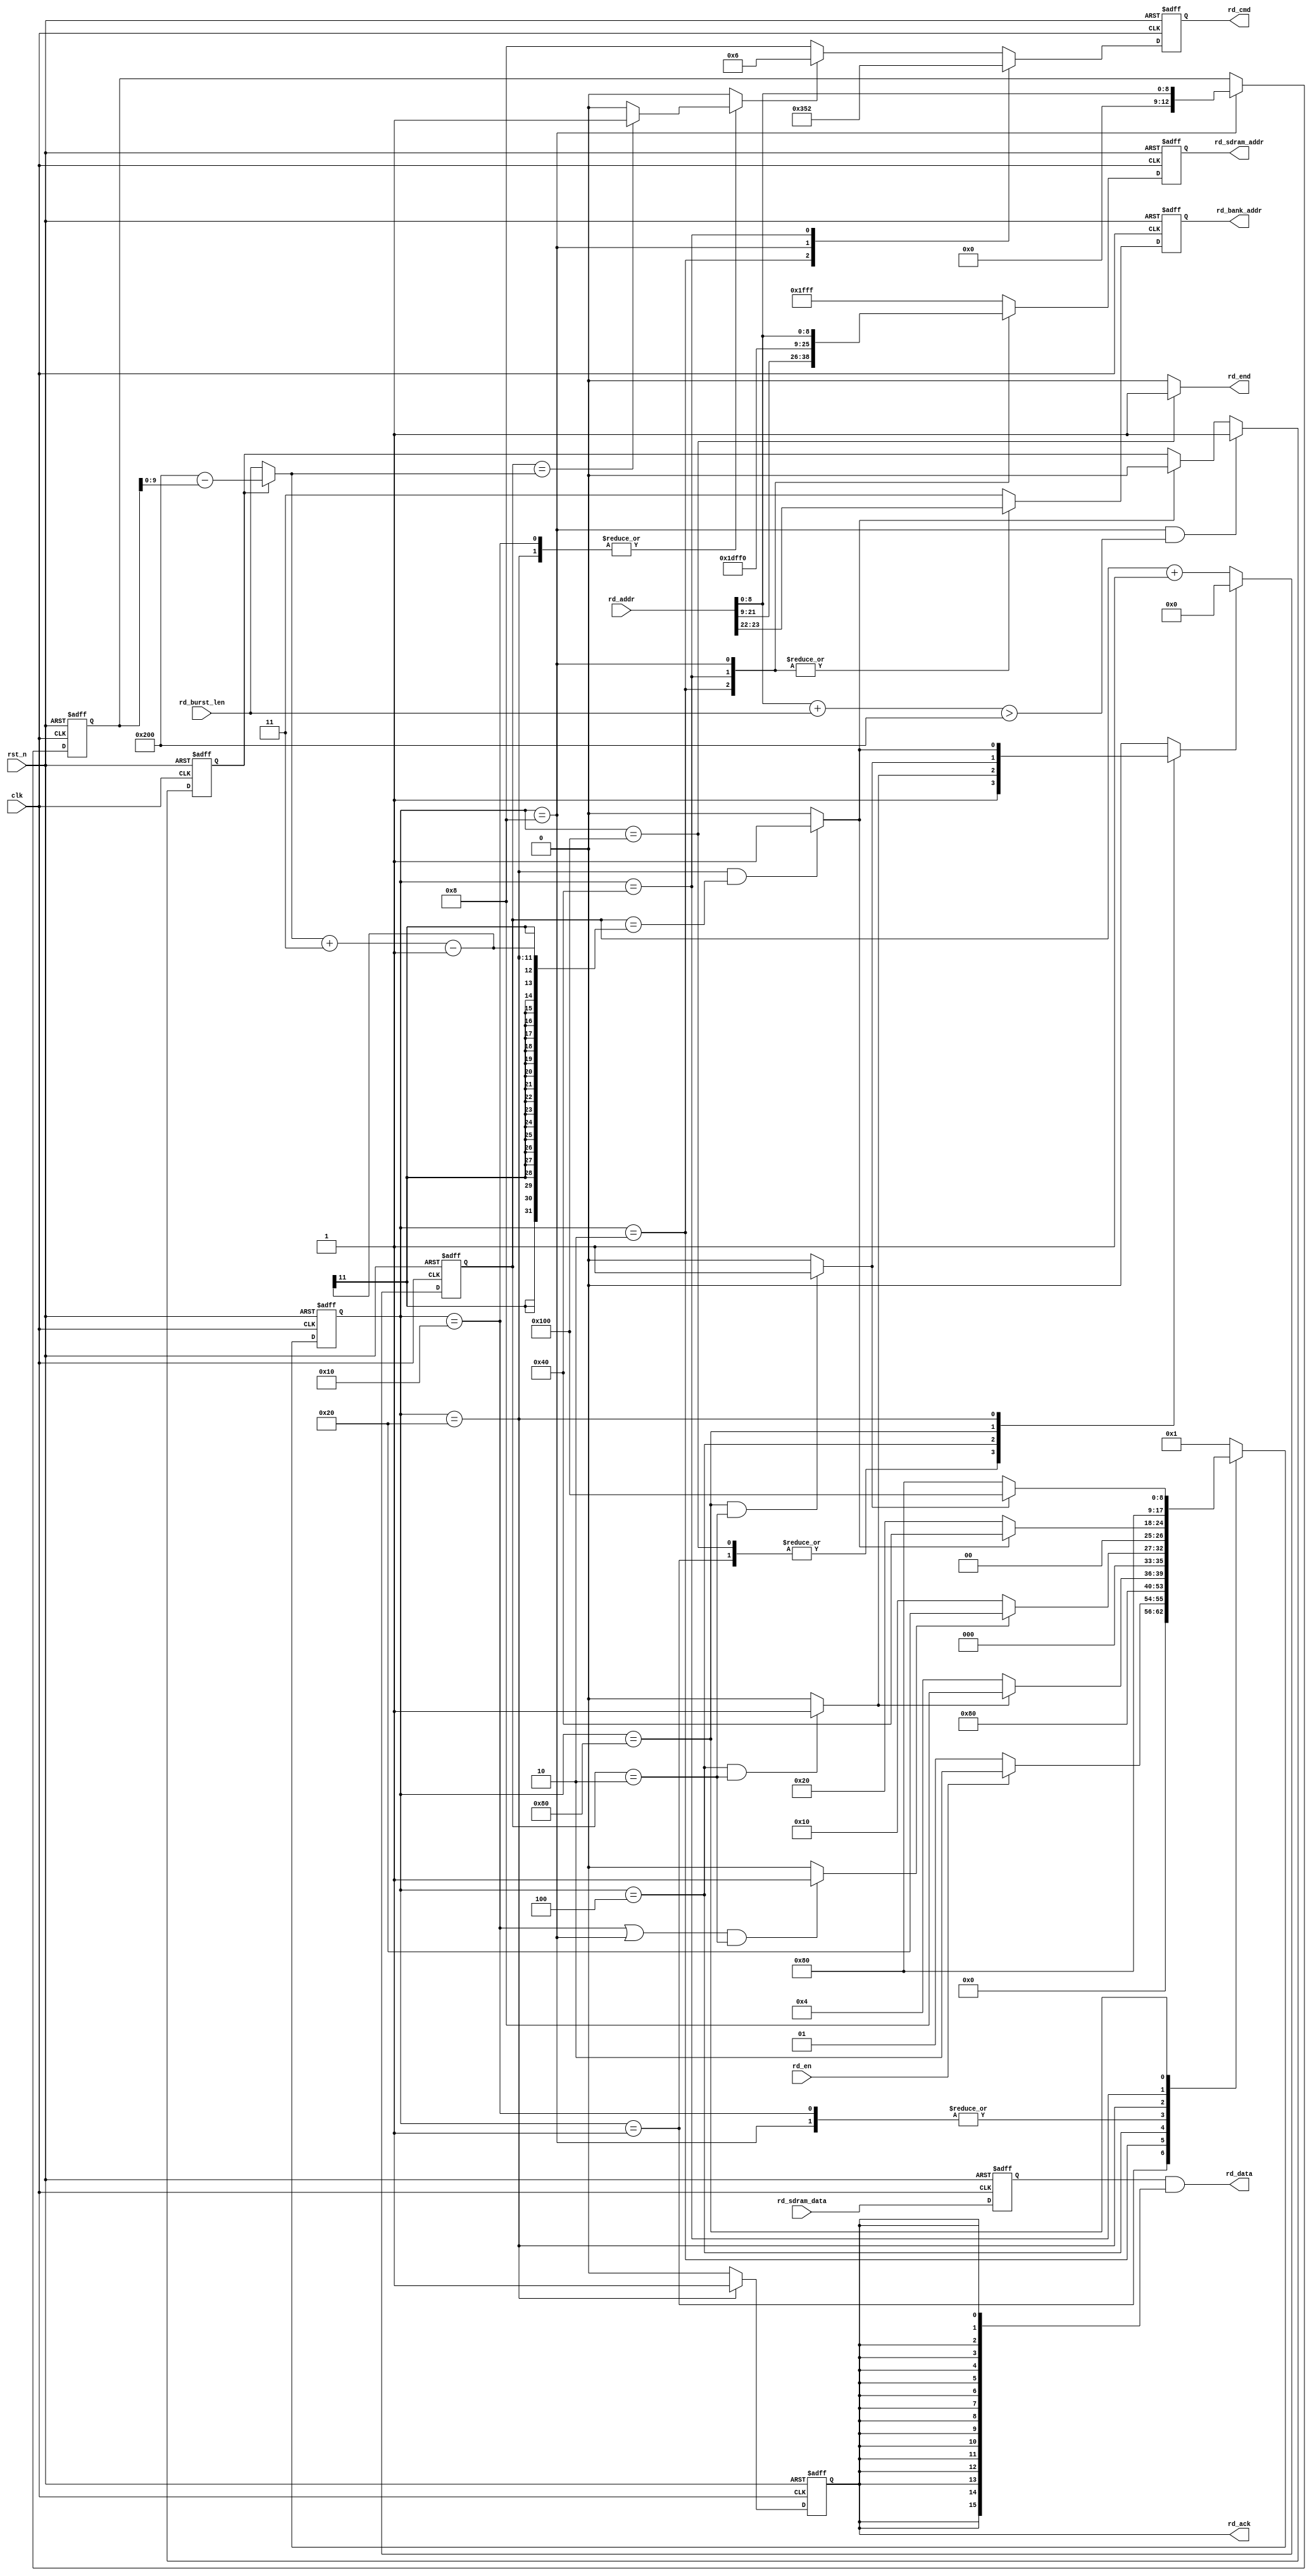
`timescale 1ns / 1ps
//////////////////////////////////////////////////////////////////////////////////
// Module Name: sdram_read
// Description: SDRAM, Full-Page
//////////////////////////////////////////////////////////////////////////////////


module sdram_read(
        input   wire            clk             ,
        input   wire            rst_n           ,
        input   wire    [23:0]  rd_addr         ,
        input   wire    [15:0]  rd_sdram_data   ,
        input   wire    [9:0]   rd_burst_len    ,
        input   wire            rd_en           ,
        
        output  reg             rd_ack          ,
        output  reg     [3:0]   rd_cmd          ,
        output  reg     [1:0]   rd_bank_addr    ,
        output  reg     [12:0]  rd_sdram_addr   ,
        output  wire            rd_end          ,
        output  wire    [15:0]  rd_data         
    );
    //
    parameter   MAX_COLUMN  =   10'd512     ;    
    
    //
    parameter   IDLE        =   9'b000_000_001,
                ACTIVE      =   9'b000_000_010,
                WAIT_TRCD   =   9'b000_000_100,
                READ        =   9'b000_001_000,
                WAIT_CAS    =   9'b000_010_000,
                BURST_READ  =   9'b000_100_000,
                PRE_CHARG   =   9'b001_000_000,
                WAIT_TRP    =   9'b010_000_000,
                RD_END      =   9'b100_000_000;
    
    //
    parameter   NOP_CMD         =   4'b1000,  //8
                ACTIVE_CMD      =   4'b0011,  //3
                READ_CMD        =   4'b0101,  //5
                BURST_TERM_CMD  =   4'b0110,  //6
                PRE_CHARG_CMD   =   4'b0010;  //2
                
    //
    parameter   TRCD            =   9'd2,
                TRP             =   9'd2,
                CAS             =   3'b011;  //CAS-latency

    //
    wire [1:0]    bank_addr   ; 
    wire [12:0]   row_addr    ;
    wire [8:0]    column_addr ;
    
    assign bank_addr    = rd_addr[23:22]        ;
    assign row_addr     = rd_addr[21:9]         ;
    assign column_addr  = {4'b0,rd_addr[8:0]}   ;

    //
    reg     [8:0]   state       ;
    reg     [8:0]   next_state  ;
    reg     [9:0]   cnt_clk     ; //
    reg             cnt_clk_res ; //,
    wire            trcd_end    ; //Trcd
    wire            trp_end     ; //Trp    
    wire            burst_end   ; //flag   
    wire            cas_end     ; //CAS-latencyflag
    reg             burst_term  ; //BURST_TERMINAL,BURST_TERMINAL,
    reg     [15:0]  rd_data_reg ; //,SDRAM
    
    //(, , )
    reg             rd_overflow     ; //(column_addr + rd_burst_len) > MAX_COLUMN
    reg     [9:0]   burst_len       ; //,rd_burst_len, 
    reg     [12:0]  column_addr_reg ; //
    
    //cnt_clk
    always@(posedge clk or negedge rst_n) begin
        if(!rst_n) begin
            cnt_clk <= 10'd0;
        end else if(cnt_clk_res) begin
            cnt_clk <= 10'd0;
        end else begin
            cnt_clk <= cnt_clk + 10'd1;
        end
    end
    
    //
    assign trcd_end = (state == WAIT_TRCD && cnt_clk == TRCD)?1'b1:1'b0;
    assign trp_end  = (state == WAIT_TRP && cnt_clk == TRP)?1'b1:1'b0;

    //flag
    assign burst_end = (state == BURST_READ && cnt_clk == (burst_len + CAS - 1))?1'b1:1'b0;
    
    //cas_end
    //READcas_end,WAIT_CAS
    assign cas_end  = ((state == WAIT_CAS || state == READ) && cnt_clk == CAS - 1)?1'b1:1'b0;
    
    //burst_term
    always@(*) begin
        case(state)
            //burst_STOPWAIT_CAS, BURST_READ
            WAIT_CAS, BURST_READ: begin
                if(cnt_clk == burst_len) begin
                    burst_term = 1'b1;
                end else begin
                    burst_term = 1'b0;
                end
            end
            default: begin
                burst_term = 1'b0;
            end
        endcase
    end
    
    
    //cnt_clk_res
    always@(*) begin
        case(state) 
            IDLE, RD_END: begin
                cnt_clk_res = 1'b1;
            end
            WAIT_TRCD: begin
                cnt_clk_res = trcd_end;
            end
            WAIT_TRP: begin
                cnt_clk_res = trp_end;
            end
            BURST_READ: begin
                cnt_clk_res = burst_end;
            end
            default: begin
                cnt_clk_res = 1'b0;
            end
        endcase
    end
    
    
    
    //
    
    //
    always@(posedge clk or negedge rst_n) begin
        if(!rst_n) begin
            state <= IDLE;
        end else begin
            state <= next_state;
        end
    end

    //
    //next_state
    always@(*) begin
        case(state)
            IDLE: begin
                if(rd_en) begin
                    next_state = ACTIVE;
                end else begin
                    next_state = IDLE;
                end
            end
            
            ACTIVE: begin
                next_state = WAIT_TRCD;
            end
            
            WAIT_TRCD: begin
                if(trcd_end) begin
                    next_state = READ;
                end else begin
                    next_state = WAIT_TRCD;
                end
            end
            
            READ: begin
                if(cas_end) begin
                    next_state = BURST_READ; //CAS-latency1,,WAIT_CAS
                end else begin
                    next_state = WAIT_CAS;  //CAS-latency1,WAIT_CAS
                end
            end
            
            WAIT_CAS: begin
                if(cas_end) begin
                    next_state = BURST_READ;
                end else begin
                    next_state = WAIT_CAS;
                end
            end
            
            BURST_READ: begin
                if(burst_end) begin
                    next_state = PRE_CHARG;
                end else begin
                    next_state = BURST_READ;
                end
            end
            
            PRE_CHARG: begin
                next_state = WAIT_TRP;
            end
            
            WAIT_TRP: begin
                if(trp_end) begin
                    next_state = RD_END;
                end else begin
                    next_state = WAIT_TRP;
                end
            end
            
            RD_END: begin
                next_state = IDLE;
            end
            
            default: begin
                next_state = IDLE;
            end
        endcase
    end
    
    //(, , )
    
    //,,burst_end
    //rd_overflow
    always@(posedge clk or negedge rst_n) begin
        if(!rst_n) begin
            rd_overflow <= 1'b0;
        end else if(state == READ && (column_addr + rd_burst_len) > MAX_COLUMN) begin
            rd_overflow <= 1'b1;
        end else if(burst_end) begin
            rd_overflow <= 1'b0;
        end else begin
            rd_overflow <= rd_overflow;
        end
    end
    
    //SDRAM
    //column_addr_reg
    always@(posedge clk or negedge rst_n) begin
        if(!rst_n) begin
            column_addr_reg <= 13'd0;
        end else if(state == READ) begin
            column_addr_reg <= column_addr;
        end else begin
            column_addr_reg <= column_addr_reg;
        end
    end
    
    //burst_len
    always@(*) begin
        if(rd_overflow) begin
            burst_len = MAX_COLUMN - column_addr_reg;
        end else begin
            burst_len = rd_burst_len;
        end
    end
    
    
    
    //
    //rd_cmd
    always@(posedge clk or negedge rst_n) begin
        if(!rst_n) begin
            rd_cmd <= NOP_CMD;
        end else case(state) 
            ACTIVE: begin   
                rd_cmd <= ACTIVE_CMD;
            end
            
            READ: begin
                rd_cmd <= READ_CMD;
            end
            
            PRE_CHARG: begin
                rd_cmd <= PRE_CHARG_CMD;
            end
            
            default: begin
                if(burst_term) begin
                    rd_cmd <= BURST_TERM_CMD; //
                end else begin
                    rd_cmd <= NOP_CMD;
                end
            end
            
        endcase
    end
    
    //rd_bank_addr
    always@(posedge clk or negedge rst_n) begin
        if(!rst_n) begin
            rd_bank_addr <= 2'b11;
        end else case(state)
            ACTIVE, READ, PRE_CHARG: begin
                rd_bank_addr <= bank_addr; //bank
            end
            default: begin
                rd_bank_addr <= 2'b11;
            end
        endcase
    end    

    //rd_sdram_addr
    always@(posedge clk or negedge rst_n) begin
        if(!rst_n) begin
            rd_sdram_addr <= 13'h1fff;
        end else case(state)
            ACTIVE: begin
                rd_sdram_addr <= row_addr; //
            end
            PRE_CHARG: begin
                rd_sdram_addr <= 13'h1dff; //A[10],bank
            end
            READ: begin
                rd_sdram_addr <= column_addr; //
            end
            default: begin
                rd_sdram_addr <= 13'h1fff;
            end
        endcase
    end  

    //rd_end
    assign rd_end = (state == RD_END)?1'b1:1'b0;
    
    //rd_data_reg
    //, 
    always@(posedge clk or negedge rst_n) begin
        if(!rst_n) begin
            rd_data_reg <= 16'b0;
        end else begin
            rd_data_reg <= rd_sdram_data;
        end
    end
    
    //rd_data
    assign rd_data = rd_data_reg & {16{rd_ack}};
    
    //rd_ack
    //staterd_ack
    always@(posedge clk or negedge rst_n) begin
        if(!rst_n) begin
            rd_ack      <= 1'b0;
        end else begin
            rd_ack   <= (state == BURST_READ)?1'b1:1'b0;
        end 
    end
    
    
endmodule